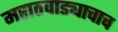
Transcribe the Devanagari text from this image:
मराठवाड्याचाच